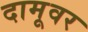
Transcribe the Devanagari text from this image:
दामूवर